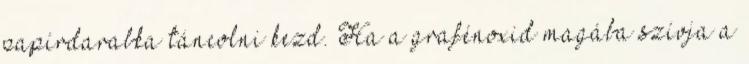
papírdarabka táncolni kezd. Ha a grafénoxid magába szívja a